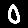
Digit: 0